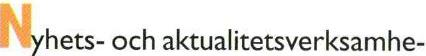
Nyhets- och aktualitetsverksamhe-